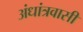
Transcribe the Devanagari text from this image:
अंधांत्रवासी